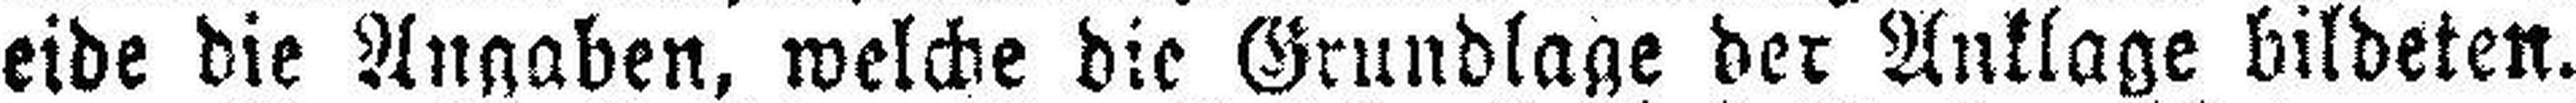
eide die Angaben, welche die Grundlage der Anklage bildeten.